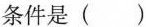
条件是（ ）